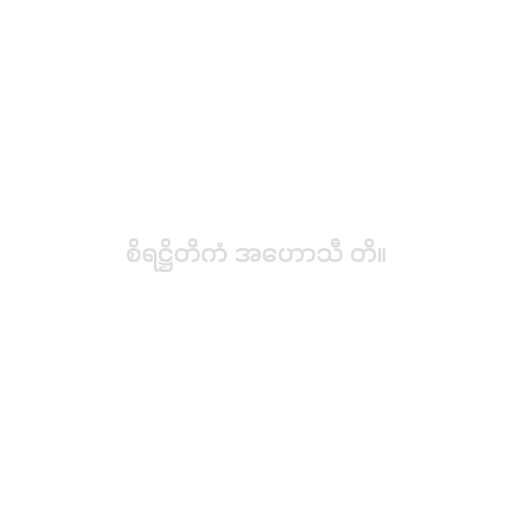
စိရဋ္ဌိတိကံ အဟောသီ တိ။